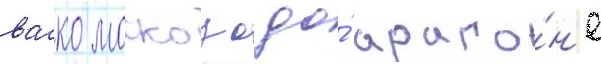
васко москозо до́ араго́н'е